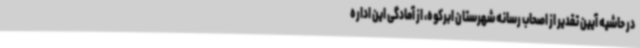
در حاشیه آیین تقدیر از اصحاب رسانه شهرستان ابرکوه، از آمادگی این اداره